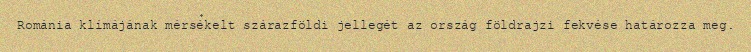
Románia klímájának mérsékelt szárazföldi jellegét az ország földrajzi fekvése határozza meg.